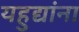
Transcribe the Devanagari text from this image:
यहुद्यांना